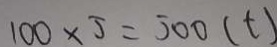
1 0 0 \times 5 = 5 0 0 ( t )